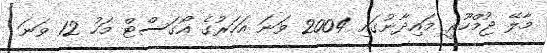
މާލޭ ޖުމްހޫރީ މައިދާނުގައި 2004 ވަނަ އަހަރުގެ އޯގަސްޓް މަހު 12 ވަނަ